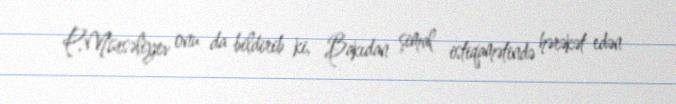
P.Mürsəliyev onu da bildirib ki, Bakıdan şimal istiqamətində hərəkət edən